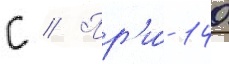
С // Пр'и́ 140